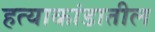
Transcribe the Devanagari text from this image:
हत्याकांडातील